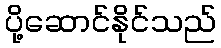
ပို့ဆောင်နိုင်သည်